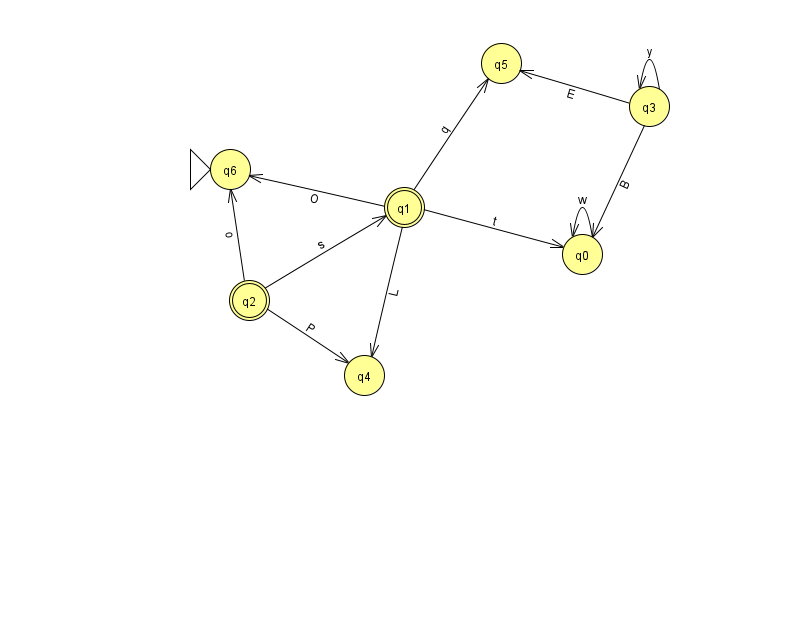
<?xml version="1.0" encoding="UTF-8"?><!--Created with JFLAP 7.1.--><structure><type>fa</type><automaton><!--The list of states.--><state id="0" name="q0"><x>582.0</x><y>241.0</y></state><state id="1" name="q1"><x>404.0</x><y>194.0</y><final/></state><state id="2" name="q2"><x>249.0</x><y>287.0</y><final/></state><state id="3" name="q3"><x>649.0</x><y>93.0</y></state><state id="4" name="q4"><x>364.0</x><y>362.0</y></state><state id="5" name="q5"><x>501.0</x><y>50.0</y></state><state id="6" name="q6"><x>230.0</x><y>156.0</y><initial/></state><!--The list of transitions.--><transition><from>3</from><to>5</to><read>E</read></transition><transition><from>1</from><to>5</to><read>q</read></transition><transition><from>2</from><to>4</to><read>P</read></transition><transition><from>2</from><to>6</to><read>o</read></transition><transition><from>1</from><to>4</to><read>L</read></transition><transition><from>3</from><to>0</to><read>B</read></transition><transition><from>0</from><to>0</to><read>w</read></transition><transition><from>1</from><to>0</to><read>t</read></transition><transition><from>3</from><to>3</to><read>y</read></transition><transition><from>2</from><to>1</to><read>s</read></transition><transition><from>1</from><to>6</to><read>O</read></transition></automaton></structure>